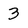
Character: 3